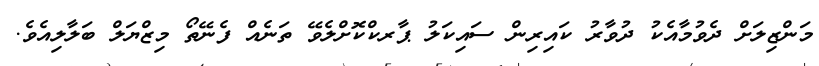
މަންޒިލަށް ދެވުމާއެކު ދުވާރު ކައިރިން ސައިކަލު ޕާރކްކޮށްލެވޭ ތަނެއް ފެނޭތޯ މިޒްޔަލް ބަލާލިއެވެ.